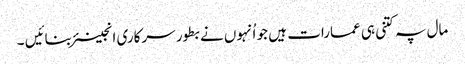
مال پہ کتنی ہی عمارات ہیں جو اُنہوں نے بطور سرکاری انجینئر بنائیں ۔